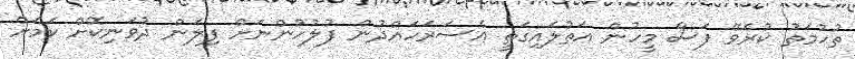
ތުހުމަތު ކުރެވޭ ފަސް މީހުން އަތުލައިގަތީ އެސަރަހައްދުން ފުލުހުންނަށް ފިލަން ދުވަނިކޮށް ކަމަށް